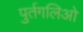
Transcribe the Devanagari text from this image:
पुर्तगलिओ